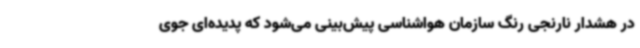
در هشدار نارنجی رنگ سازمان هواشناسی پیش‌بینی می‌شود که پدیده‌ای جوی